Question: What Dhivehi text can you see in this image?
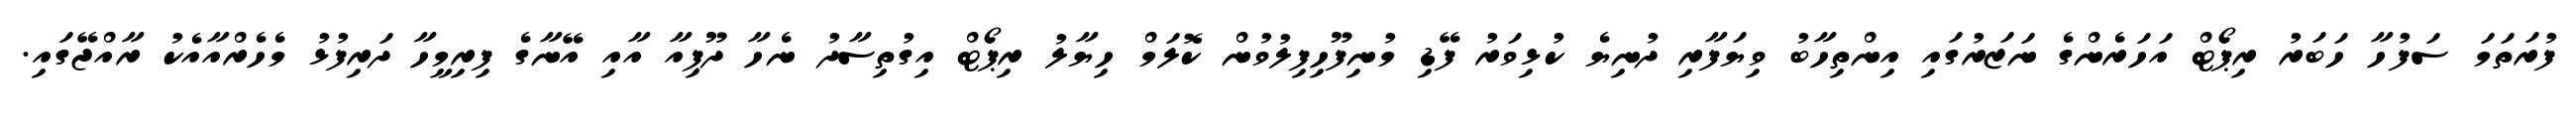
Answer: ފުރަތަމަ ސަފުހާ ހަބަރު ރިޕޯޓް އަހަރެންގެ ނަޒަރުގައި އިންތިހާބު ވިޔަފާރި ދުނިޔެ ކުޅިވަރު ފޭޑި މުނިފޫހިފިލުވުން ކޮލަމް ހިޔާލު ރިޕޯޓް އިގުތިސާދު ނެހާ ދޫޕިއާ އާއި އޭނާގެ ފިރިމީހާ ދަރިފުޅު މެހެރްއާއެކު ރާއްޖޭގައި.